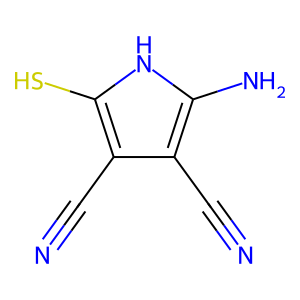
SMILES: N#Cc1c(N)[nH]c(S)c1C#N
Inhibits HIV replication: Yes